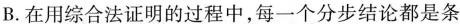
B.在用综合法证明的过程中，每一个分步结论都是条